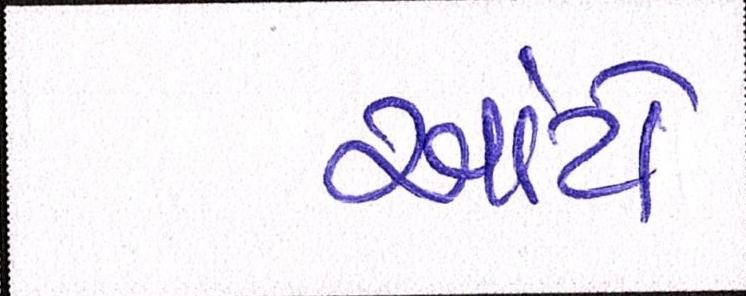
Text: આંટો